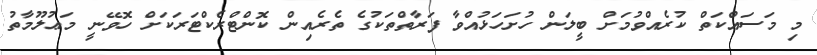
މި މަސައްކަތް ކުރެއްވުމަށް ބީލަން ހުށަހަޅުއްވާ ފަރާތްތަކުގެ ތެރެއިން ކޮންޓްރެކްޓަރަކަށް ހޮވޭނީ މަޢުލޫމާތު